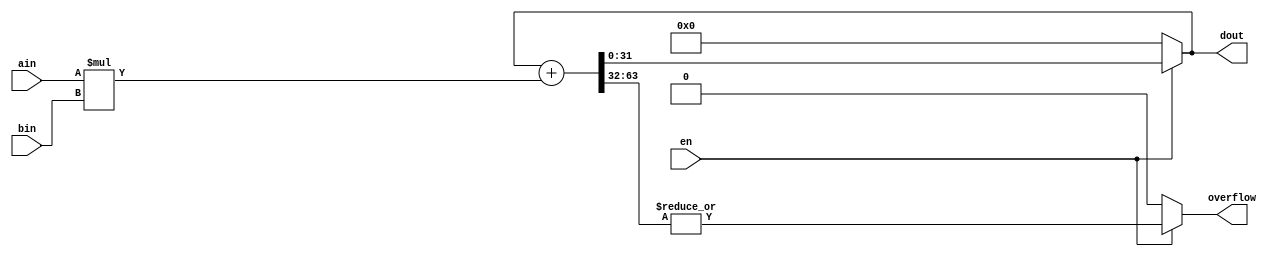
module my_mac #(
	parameter BIT_WIDTH = 32
)
(
	input [BIT_WIDTH-1:0] ain,
	input [BIT_WIDTH-1:0] bin,
  input en,
	output [BIT_WIDTH-1:0] dout,
	output overflow
);

reg [BIT_WIDTH-1:0] sum;
reg [BIT_WIDTH*2-1:0] cal_result;
reg over_reg;
assign overflow = over_reg;
assign dout = sum;

initial begin
	sum = 0;
	cal_result = 0;
	over_reg = 0;
end

always @(en or ain or bin) begin
	if (en) begin
		cal_result = sum + ain * bin;
		over_reg = |cal_result[BIT_WIDTH * 2 - 1 : BIT_WIDTH];
		sum = cal_result[BIT_WIDTH - 1 : 0];
	end
	else begin
		sum = 0;
		over_reg = 0;
	end
end

endmodule